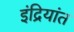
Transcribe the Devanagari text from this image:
इंद्रियांत